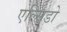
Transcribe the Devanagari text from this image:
एल्सिडो